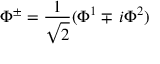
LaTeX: \Phi ^ { \pm } = \frac { 1 } { \sqrt { 2 } } ( \Phi ^ { 1 } \mp \, i \Phi ^ { 2 } )